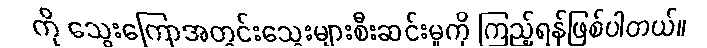
ကို သွေးကြောအတွင်းသွေးများစီးဆင်းမှုကို ကြည့်ရန်ဖြစ်ပါတယ်။